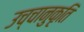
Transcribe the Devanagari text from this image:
उच्चानुकृति